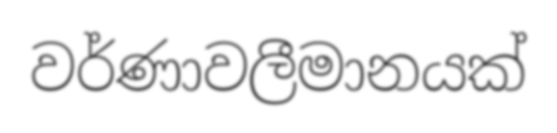
වර්ණාවලීමානයක්